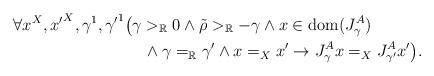
LaTeX: \begin{align*}&\forall x^X,{x'}^X,\gamma^1,{\gamma'}^1\big(\gamma>_\mathbb{R}0\land\tilde{\rho}>_\mathbb{R}-\gamma\land x\in\mathrm{dom}(J^A_\gamma)\\&\qquad\qquad\qquad\qquad\land\gamma=_\mathbb{R}\gamma'\land x=_Xx'\rightarrow J^A_\gamma x=_XJ^A_{\gamma'}x'\big).\end{align*}